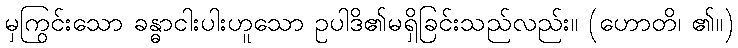
မှကြွင်းသော ခန္ဓာငါးပါးဟူသော ဥပါဒိ၏မရှိခြင်းသည်လည်း။ (ဟောတိ၊ ၏။)